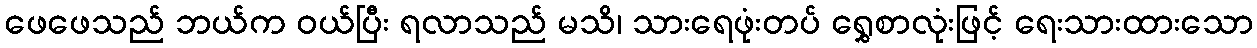
ဖေဖေသည် ဘယ်က ဝယ်ပြီး ရလာသည် မသိ၊ သားရေဖုံးတပ် ရွှေစာလုံးဖြင့် ရေးသားထားသော